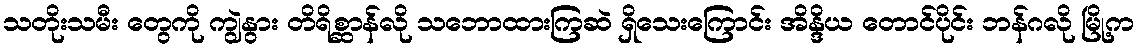
သတိုးသမီး တွေကို ကျွဲနွား တိရိစ္ဆာန်လို သဘောထားကြဆဲ ရှိသေးကြောင်း အိန္ဒိယ တောင်ပိုင်း ဘန်ဂလို မြို့က